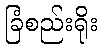
ခြံစည်းရိုး